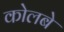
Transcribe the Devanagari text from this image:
कोलबे